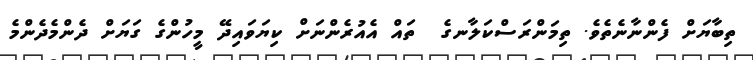
ތިބާޔަށް ފެންނާނެތެވެ. ތިމަންރަސްކަލާނގެ  ތައް އެއުރެންނަށް ކިޔަވައިދޭ މީހުންގެ ގަޔަށް ދެންމެދެންމެ